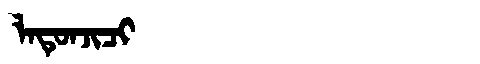
Manchu: ᠯᠠᡨᡠᠨᠵᡳᠴᡳ
Romanization: LATUNJICI